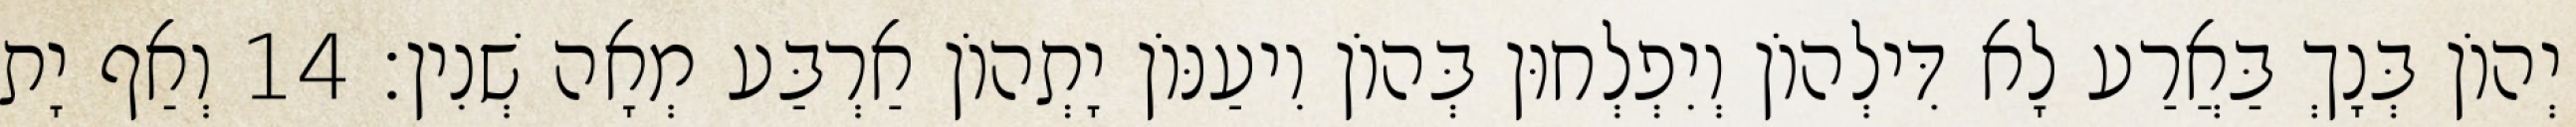
יְהוֹן בְּנָךְ בַּאֲרַע לָא דִּילְהוֹן וְיִפְלְחוּן בְּהוֹן וִיעַנּוֹן יָתְהוֹן אַרְבַּע מְאָה שְׁנִין׃ 14 וְאַף יָת